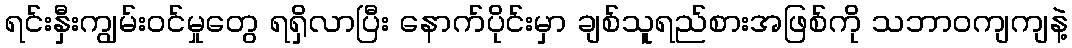
ရင်းနှီးကျွမ်းဝင်မှုတွေ ရရှိလာပြီး နောက်ပိုင်းမှာ ချစ်သူရည်စားအဖြစ်ကို သဘာဝကျကျနဲ့